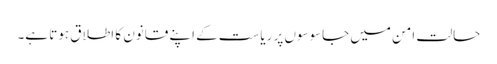
حالتِ امن میں جاسوسوں پر ریاست کے اپنے قانون کا اطلاق ہوتا ہے۔